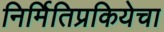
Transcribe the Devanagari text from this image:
निर्मितिप्रकियेचा